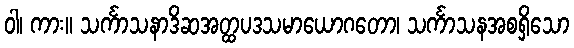
ဝါ၊ ကား။ သင်္ကာသနာဒိဆအတ္ထပဒသမာယောဂတော၊ သင်္ကာသနအစရှိသော